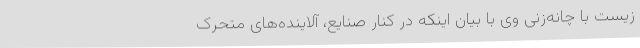
زیست با چانه‌زنی وی با بیان اینکه در کنار صنایع، آلاینده‌های متحرک